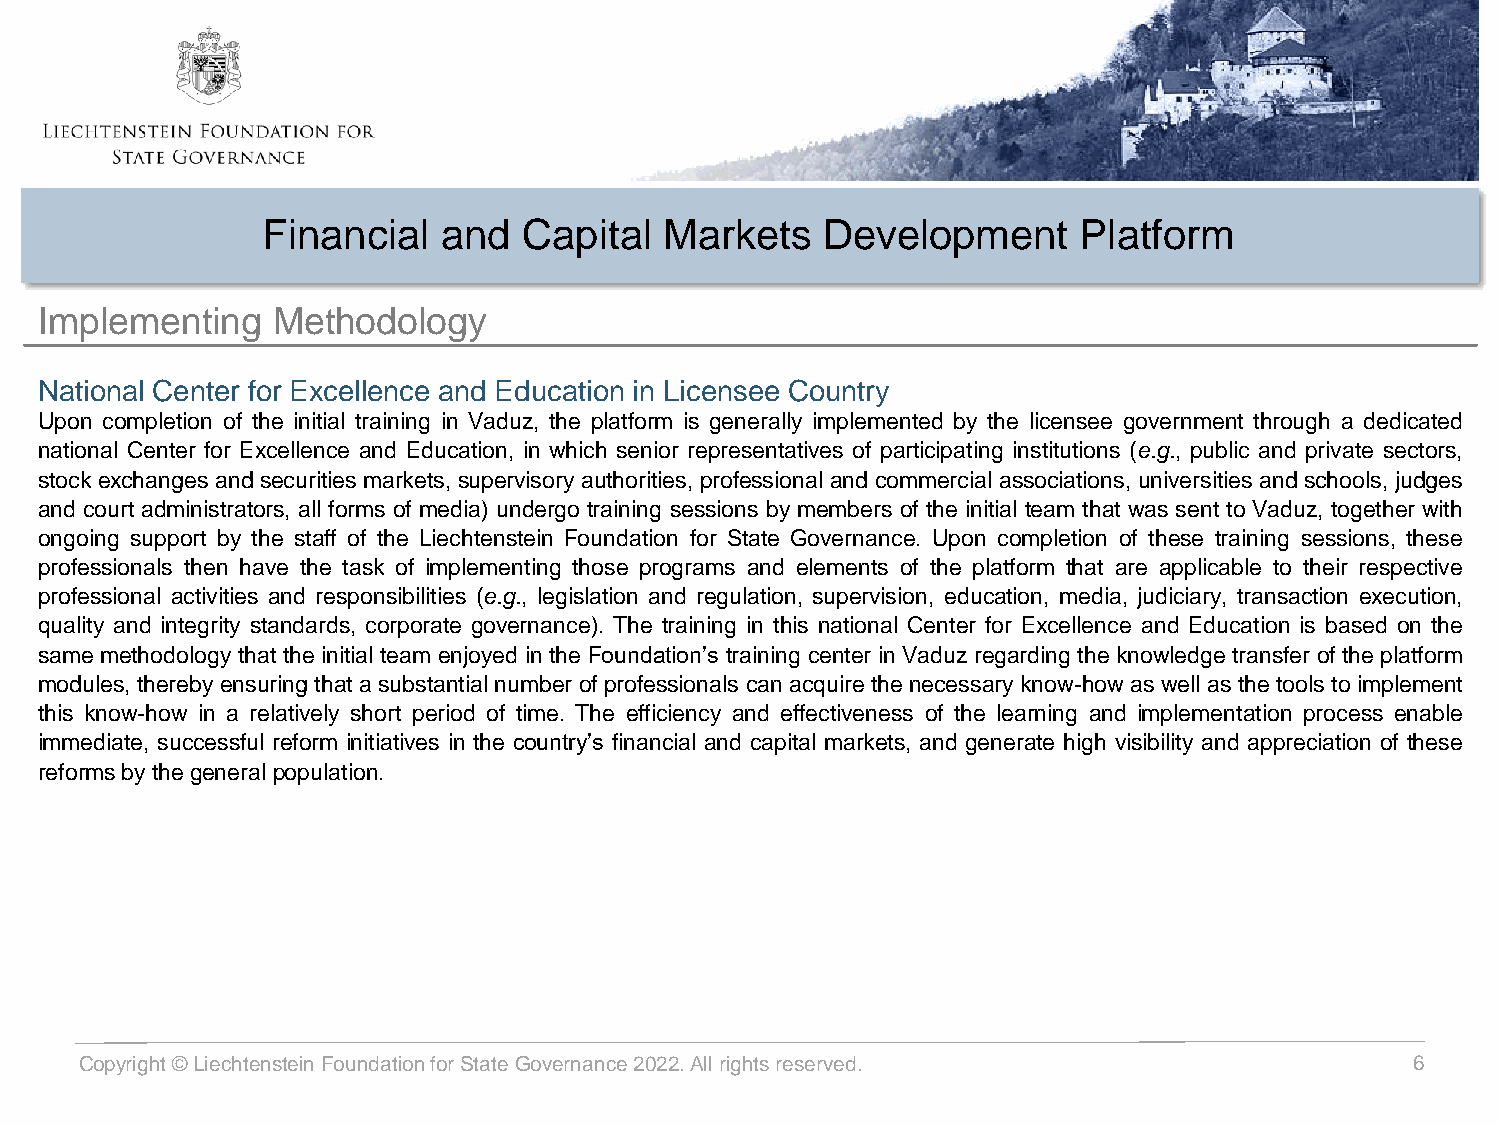
Financial   and   Capital  Markets   Development      Platform
 Implementing    Methodology
 National Center for Excellence and Education in Licensee Country
 Upon completion of the initial training in Vaduz, the platform is generally implemented by the licensee government through a dedicated
 national Center for Excellence and Education, in which senior representatives of participating institutions (e.g., public and private sectors,
 stock exchanges and securities markets, supervisory authorities, professional and commercial associations, universities and schools, judges
 and court administrators, all forms of media) undergo training sessions by members of the initial team that was sent to Vaduz, together with
 ongoing support by the staff of the Liechtenstein Foundation for State Governance. Upon completion of these training sessions, these
 professionals then have the task of implementing those programs and elements of the platform that are applicable to their respective
 professional activities and responsibilities (e.g., legislation and regulation, supervision, education, media, judiciary, transaction execution,
 quality and integrity standards, corporate governance). The training in this national Center for Excellence and Education is based on the
 same methodology that the initial team enjoyed in the Foundation’s training center in Vaduz regarding the knowledge transfer of the platform
 modules, thereby ensuring that a substantial number of professionals can acquirethe necessary know-how as well as thetools to implement
 this know-how in a relatively short period of time. The efficiency and effectiveness of the learning and implementation process enable
 immediate, successful reform initiatives in the country’s financial and capital markets, and generate high visibility and appreciation of these
 reformsbythegeneralpopulation.
 Copyright © Liechtenstein Foundation for State Governance2022. All rights reserved.      6